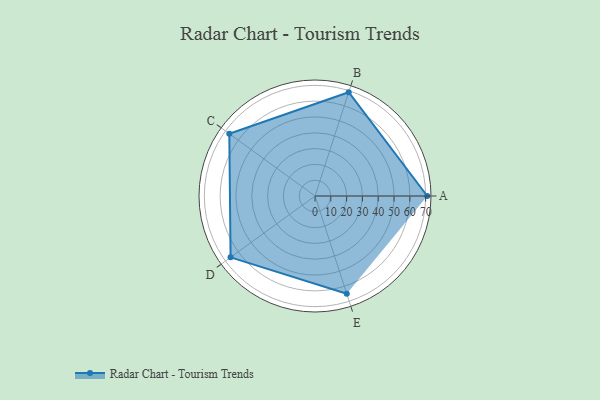
{"axis": {"x": "Skill", "y": "Score"}, "legend": ["Profile"], "data": [{"x": "A", "y": 71.0, "type": "Profile"}, {"x": "B", "y": 69.0, "type": "Profile"}, {"x": "C", "y": 67.0, "type": "Profile"}, {"x": "D", "y": 66.0, "type": "Profile"}, {"x": "E", "y": 65.0, "type": "Profile"}]}